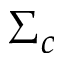
\Sigma _ { c }